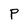
Character: P